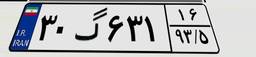
۳۰گ۶۳۱۱۶